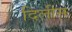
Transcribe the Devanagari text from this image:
दिलीस